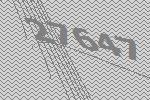
27647